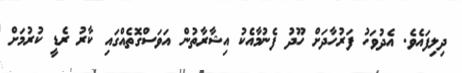
ދިލިފައެވެ. އެދުވަހު ފަރުހާދަށް ހޫދު ފެނުމާއެކު އިޝާރާތުން އަވަސްގޮތެއްގައި ކާރު ރެޑީ ކުރުމަށް